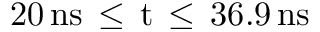
2 0 \, \mathrm { { n s } \, \leq \, t \, \leq \, 3 6 . 9 \, \mathrm { { n s } } }